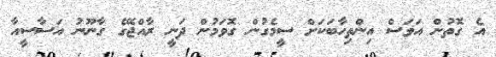
އެ ގޮތުން އަވަސް އިންތިހާބަކަށް ސީމެގުން ގޮވަމުން ދަނީ ރާއްޖޭގެ ގާނޫނު އަސާސީއާ